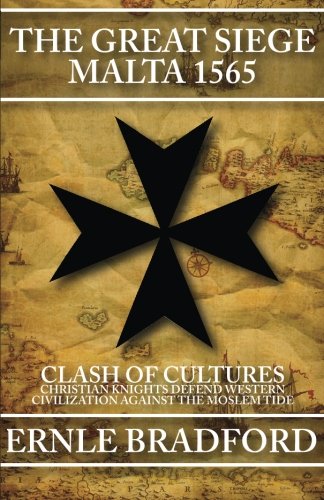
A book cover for The Great Siege: Malta 1565; Ernle Bradford; History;